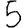
Digit: 5